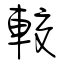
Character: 較